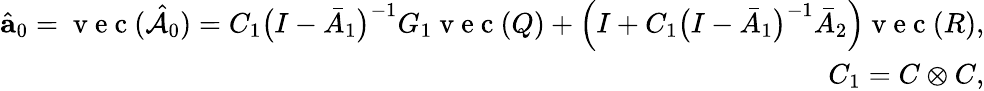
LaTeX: \begin{array}{r}{\hat{\mathbf{a}}_{0}=\mathrm{~v~e~c~}(\hat{\mathcal{A}}_{0})=C_{1}\big(I-\bar{A}_{1}\big)^{-1}G_{1}\mathrm{~v~e~c~}(Q)+\Big(I+C_{1}\big(I-\bar{A}_{1}\big)^{-1}\bar{A}_{2}\Big)\mathrm{~v~e~c~}(R),}\\ {C_{1}=C\otimes C,}\end{array}